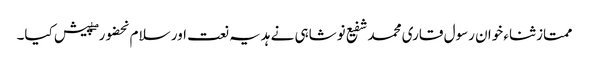
ممتاز ثناء خوان رسول قاری محمد شفیع نوشاہی نے ہدیہ نعت اور سلام بحضور ۖ پیش کیا۔